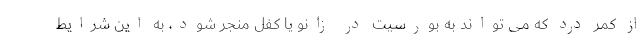
از کمر درد که می تواند به بورسیت در زانو یا کفل منجر شود، به این شرایط